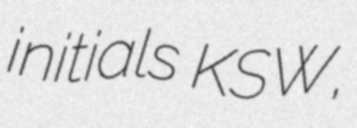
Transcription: initials KSW,